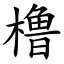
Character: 橹